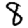
Digit: 8